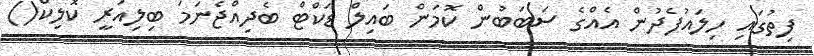
ފިތުގައި ހިލައުފެދުން އެއްގެ ސަބަބުން ކޮމަން ބައިލް ޑަކްޓް ބެދިއްޖެނަމަ ބިލިއަރީ ކޮލިކް()